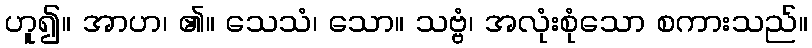
ဟူ၍။ အာဟ၊ ၏။ သေသံ၊ သော။ သဗ္ဗံ၊ အလုံးစုံသော စကားသည်။